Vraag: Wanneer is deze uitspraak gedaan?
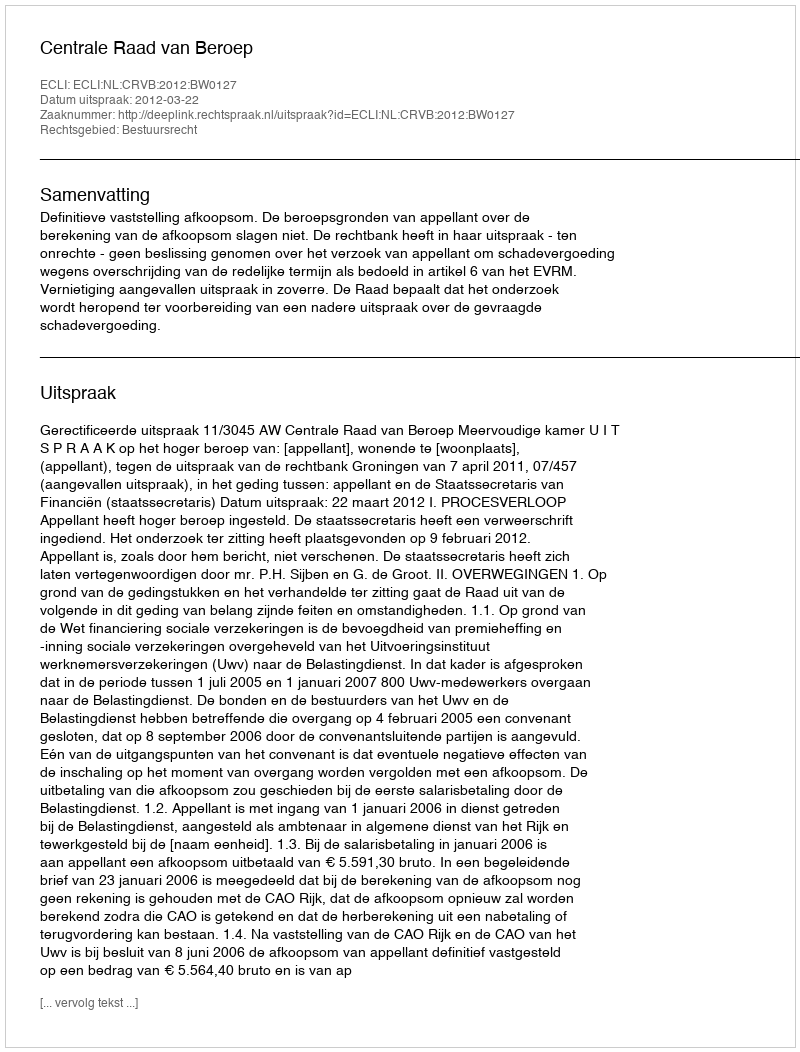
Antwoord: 2012-03-22